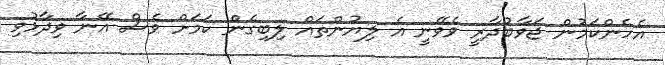
އެހެންކަމުން ޖަވާބުދާރީ ވެވޭނީ އެ ލިޔުންތައް ލިބިގެން ކަމަށް ވެސް އޭނާ ވިދާޅުވި